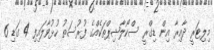
މިލިޓަރީ ދާއިރާ އިން ޑިގްރީ ސްކޯލާޝިޕްތަކެއްގެ ފުރުސަތު ހުޅުވާލައިފި 4 ގަޑި 6